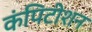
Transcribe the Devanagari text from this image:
कंपिटीशन